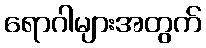
ရောဂါများအတွက်